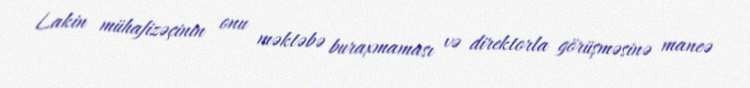
Lakin mühafizəçinin onu məktəbə buraxmaması və direktorla görüşməsinə maneə